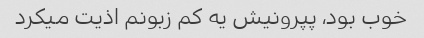
خوب بود، پپرونیش یه کم زبونم اذیت میکرد